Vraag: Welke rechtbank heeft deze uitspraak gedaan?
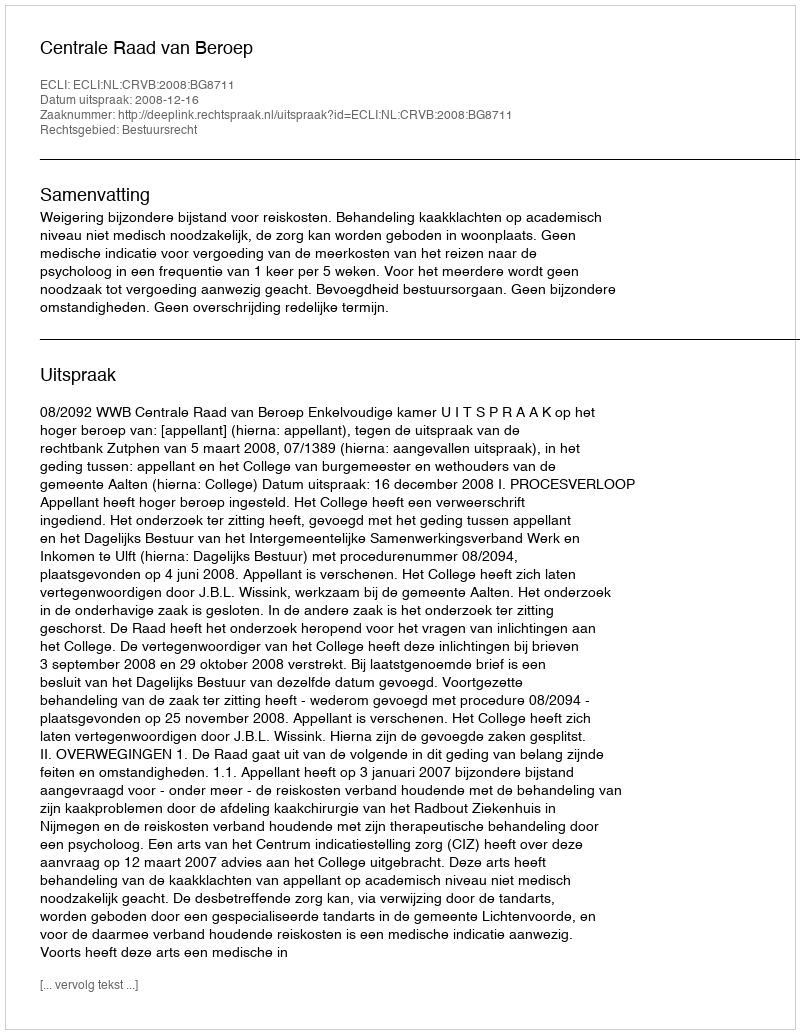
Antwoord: Centrale Raad van Beroep